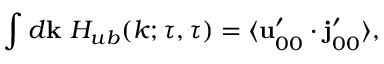
\int d { \bf { k } } \ H _ { u b } ( k ; \tau , \tau ) = \langle { { \bf { u } } _ { 0 0 } ^ { \prime } \cdot { \bf { j } } _ { 0 0 } ^ { \prime } } \rangle ,